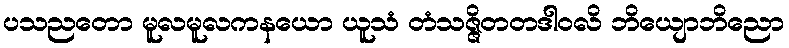
ပသညတော မူလမူလကနယော ယူသံ တံသဇ္ဇိတတဒါဝလိ ဘိယျောဘိညော